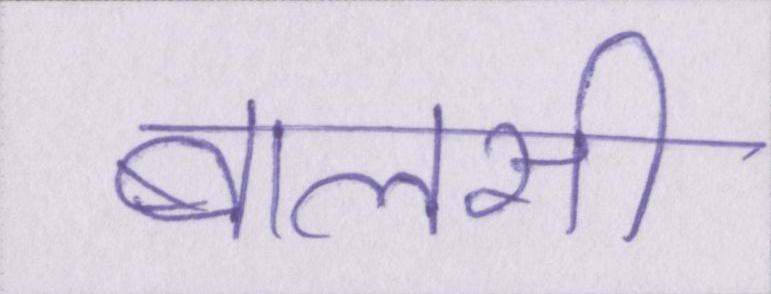
बालसी